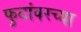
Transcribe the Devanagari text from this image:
फुटांवरच्या